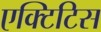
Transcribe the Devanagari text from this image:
एक्टिटिस